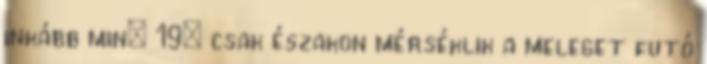
inkább min: 19° csak északon mérséklik a meleget futó